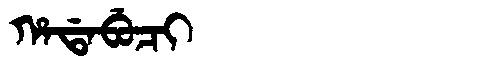
Manchu: ᡥᠠᡩᠠᠪᡠᠴᡳ
Romanization: HADABUCI